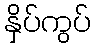
နှိပ်ကွပ်